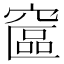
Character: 䆰